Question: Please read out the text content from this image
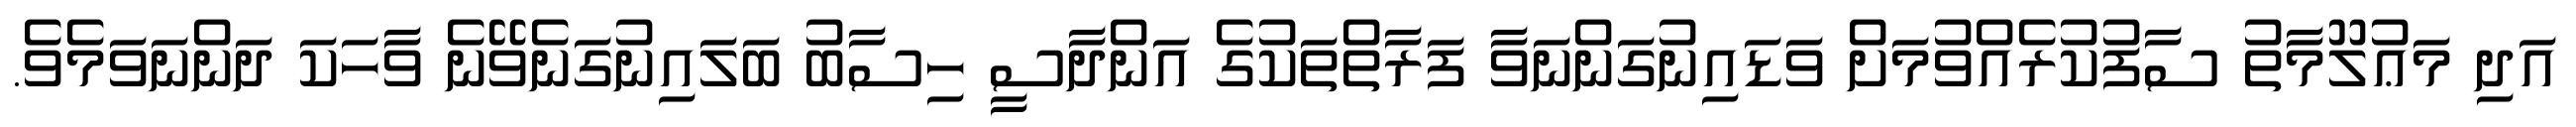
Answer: އަދި މަޢުލޫމާތު ސާފުކުރެއްވުމަށް ވަޑައިނުގަންނަވާ ފަރާތްތަކުގެ އަންދާސީ ހިސާބު ބަލައިނުގަނެވޭނެ ވާހަކަ ދަންނަވަމެވެ.